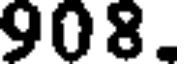
908.